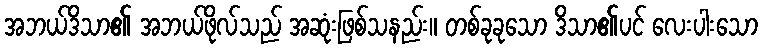
အဘယ်ဒိသာ၏ အဘယ်ဖိုလ်သည် အဆုံးဖြစ်သနည်း။ တစ်ခုခုသော ဒိသာ၏ပင် လေးပါးသော